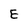
Character: E